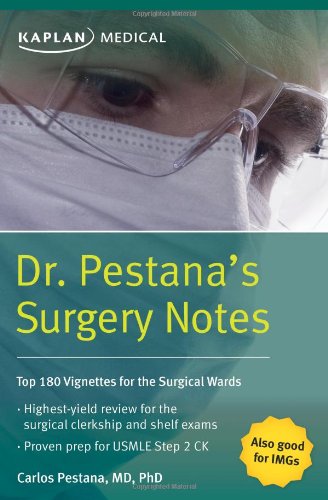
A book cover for Dr. Pestana's Surgery Notes: Top 180 Vignettes for the Surgical Wards; Dr. Carlos Pestana; Reference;